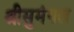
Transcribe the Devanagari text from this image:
श्रीसुमंगल